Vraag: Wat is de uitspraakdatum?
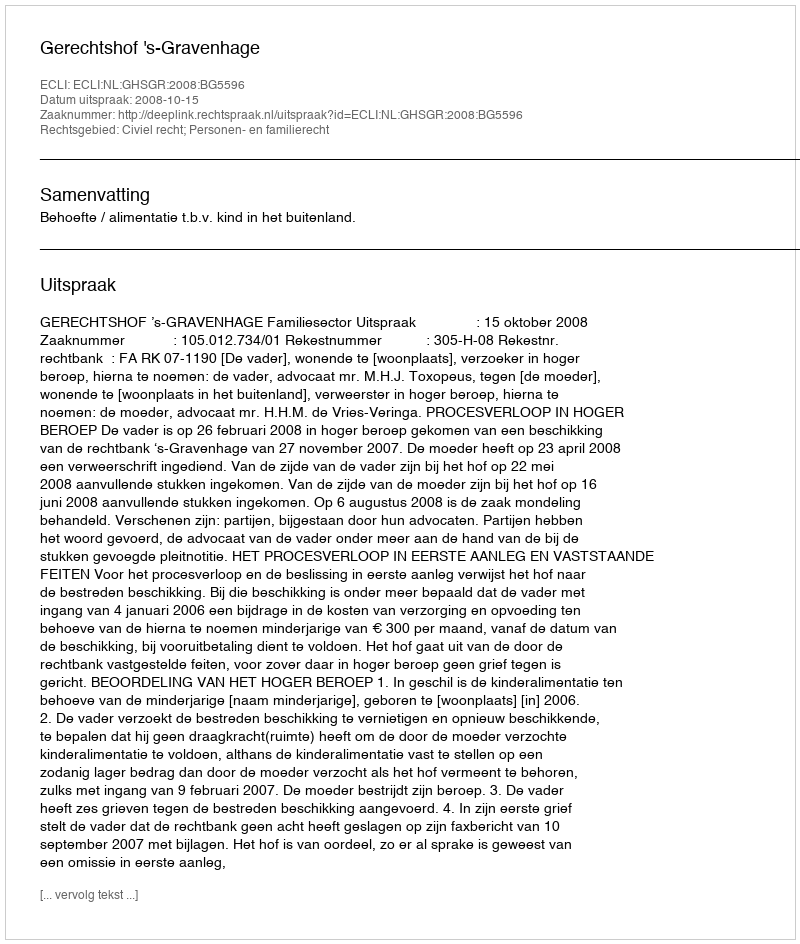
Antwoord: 2008-10-15